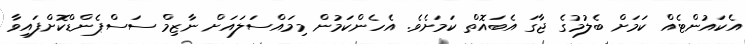
އެކައުންޓެއް ކަމަށް ބެލުމުގެ ޖާގަ އެބައޮތް ކަމަށެވެ. އެހެންކަމުން މިމައްސަލައަށް ނާޒިމް ސަސްޕެންޑްކޮށްފައިވާ